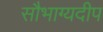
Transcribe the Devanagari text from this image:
सौभाग्यदीप